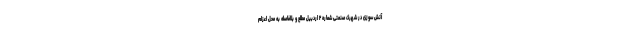
آتش سوزی در شهرک صنعتی شماره ۲ اردبیل مطلع و بلافاصله به محل اعزام